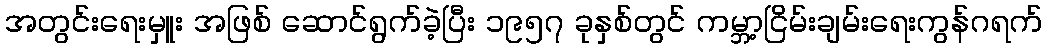
အတွင်းရေးမှူး အဖြစ် ဆောင်ရွက်ခဲ့ပြီး ၁၉၅၇ ခုနှစ်တွင် ကမ္ဘာ့ငြိမ်းချမ်းရေးကွန်ဂရက်